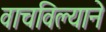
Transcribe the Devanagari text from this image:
वाचविल्याने